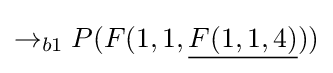
\rightarrow _{b1}P(F(1,1,{\underline {F(1,1,4)}}))